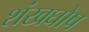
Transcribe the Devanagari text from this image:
शंखघोष